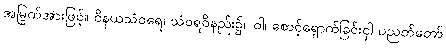
အမြွက်အားဖြင့်။ ဝိနယသံဝရေ၊ သံဝရဝိနည်း၌။ ဝါ၊ စောင့်ရှောက်ခြင်းငှါ ပညတ်တော်